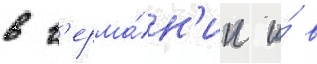
в г'ерма́н'ии и́ в